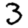
Digit: 3